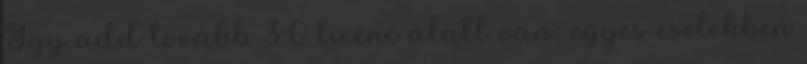
Így add tovább 3.0 licenc alatt van; egyes esetekben